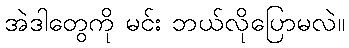
အဲဒါတွေကို မင်း ဘယ်လိုပြောမလဲ။